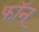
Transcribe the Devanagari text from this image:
फॉन्